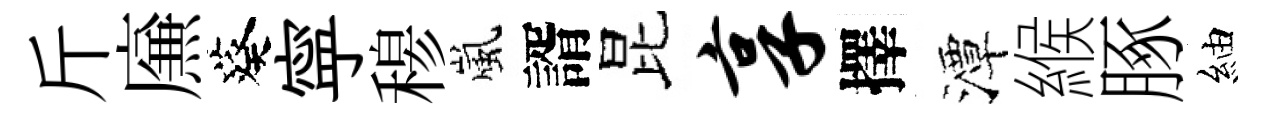
斤㢘葵寜𥠇嵐諝昆享擇潭緱䐁紬